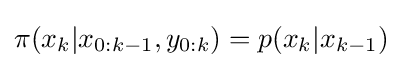
\pi (x_{k}|x_{0:k-1},y_{0:k})=p(x_{k}|x_{k-1})